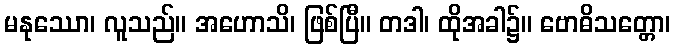
မနုဿော၊ လူသည်။ အဟောသိ၊ ဖြစ်ပြီ။ တဒါ၊ ထိုအခါ၌။ ဗောဓိသတ္တော၊